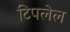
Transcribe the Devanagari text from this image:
टिपलेल